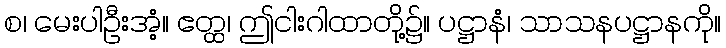
စ၊ မေးပါဦးအံ့။ ဧတ္ထ၊ ဤငါးဂါထာတို့၌။ ပဋ္ဌာနံ၊ သာသနပဋ္ဌာနကို။